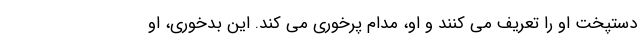
دستپخت او را تعریف می کنند و او، مدام پرخوری می کند. این بدخوری، او